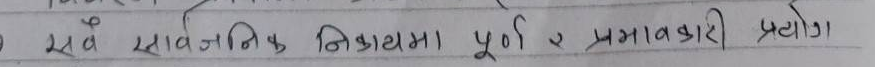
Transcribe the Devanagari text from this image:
सर्व सार्वजनिक निकायमा पूर्ण र प्रभावकारी प्रयोग ।